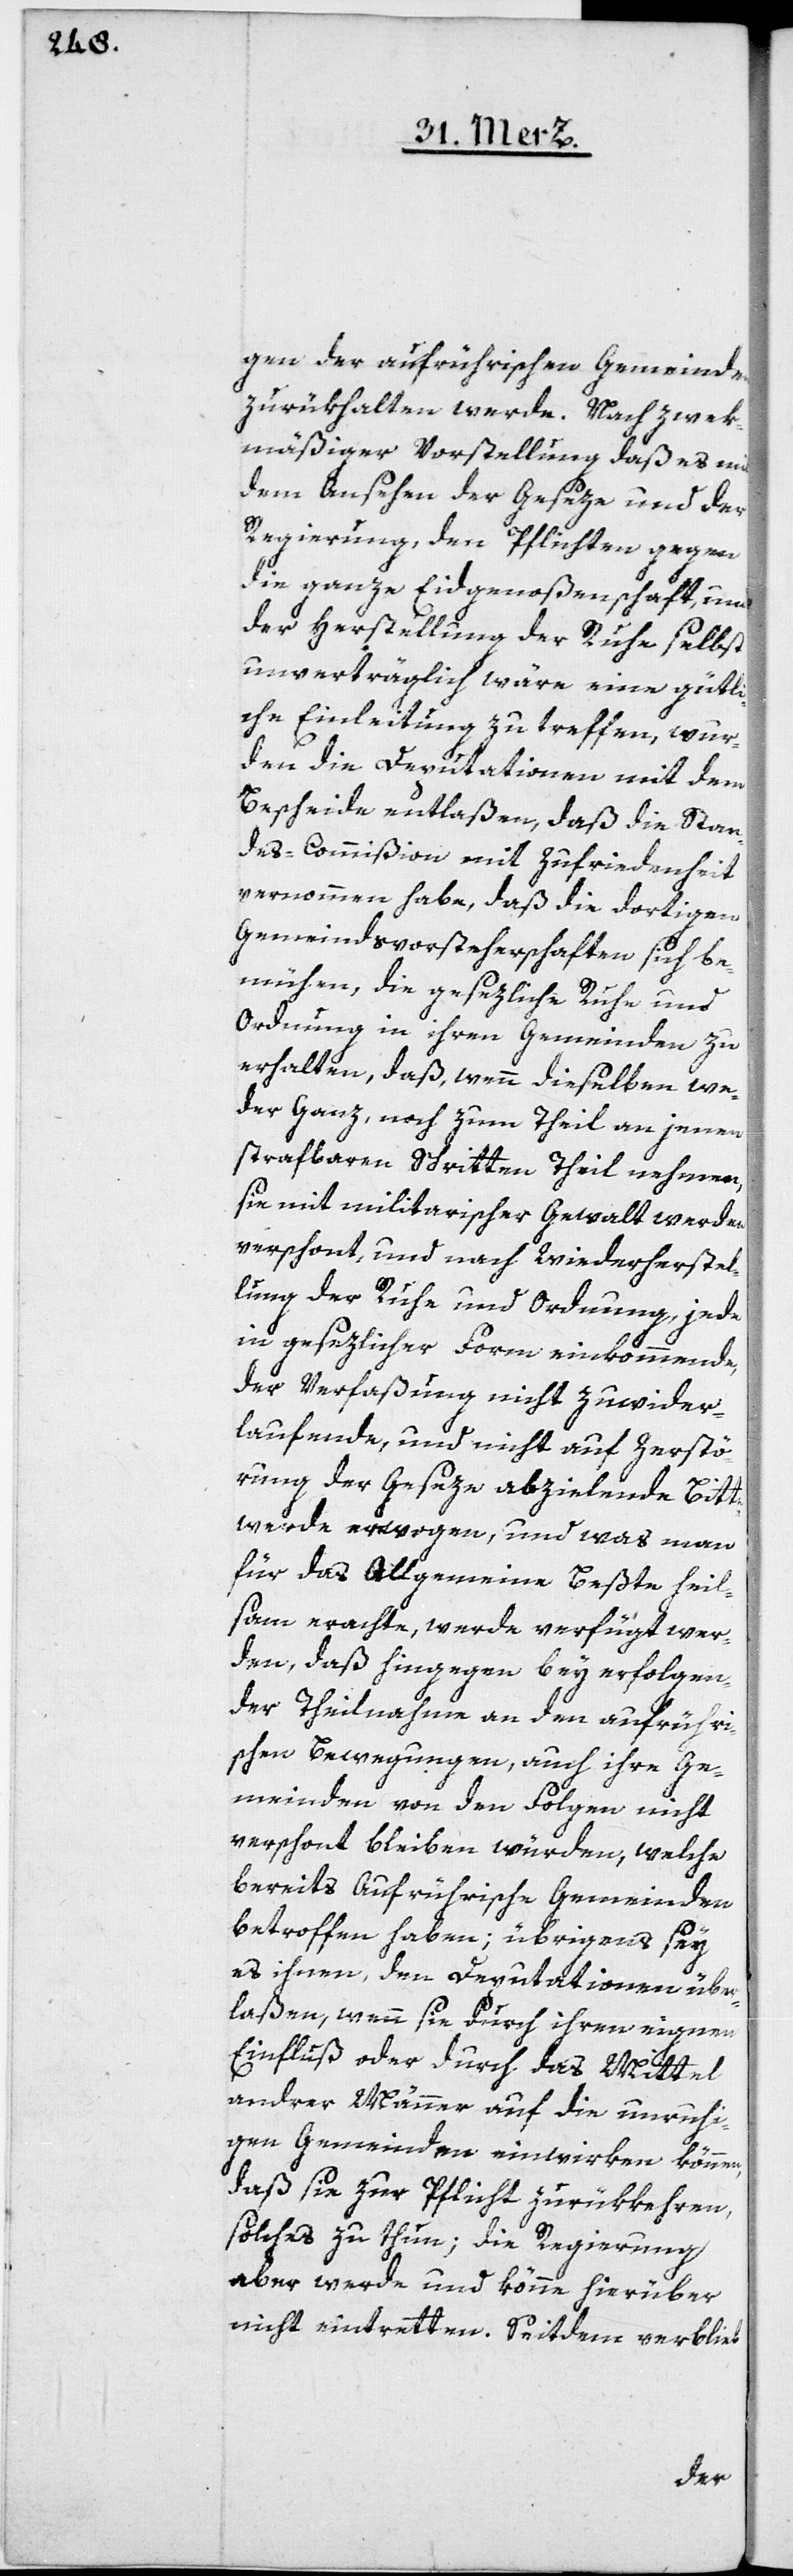
gen der aufrührischen Gemeinden
zurükhalten werde. Nach zwek¬
mäßiger Vorstellung, daß es mit
dem Ansehen der Geseze und der
Regierung, den Pflichten gegen
die ganze Eidgenoßenschaft, und
der Herstellung der Ruhe selbst
unverträglich wäre, eine gütli¬
che Einleitung zu treffen, wur¬
den die Deputationen mit dem
Bescheide entlaßen, daß die Stan¬
des-Commißion mit Zufriedenheit
vernommen habe, daß die dortigen
Gemeindsvorsteherschaften sich be¬
mühen, die gesezliche Ruhe und
Ordnung in ihren Gemeinden zu
erhalten, daß, wenn dieselben we¬
der ganz noch zum Teil an jenen
strafbaren Schritten Theil nehmen,
sie mit militarischer Gewalt werden
verschont, und nach Wiederherstel¬
lung der Ruhe und Ordnung, jede
in gesezlicher Form einkommende,
der Verfaßung nicht zuwider¬
laufende, und nicht auf Zerstö¬
rung der Geseze abzielende Bitte
werde erwogen, und was man
für das Allgemeine Beßte heil¬
sam erachte, werde verfügt wer¬
den, daß hingegen bey erfolgen¬
der Theilnahme an den aufrühri¬
schen Bewegungen, auch ihre Ge¬
meinden von den Folgen nicht
verschont bleiben würden, welche
bereits Aufrührische Gemeinden
betroffen haben; übrigens sey
es ihnen, den Deputationen über¬
laßen, wenn sie durch ihren eignen
Einfluß oder durch das Mittel
andrer Männer auf die unruhi¬
gen Gemeinden einwirken können,
daß sie zur Pflicht zurükkehren,
solches zu thun; die Regierung
aber werde und könne hierüber
nicht eintretten. Seitdem verblieb